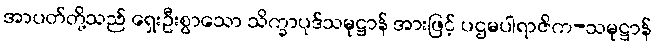
အာပတ်တို့သည် ရှေးဦးစွာသော သိက္ခာပုဒ်သမုဋ္ဌာန် အားဖြင့် ပဌမပါရာဇိက-သမုဋ္ဌာန်